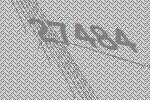
27484